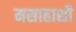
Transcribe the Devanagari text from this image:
मसाहाशी